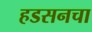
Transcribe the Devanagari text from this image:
हडसनचा